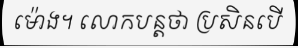
ម៉ោង។ លោកបន្តថា ប្រសិនបើ